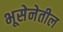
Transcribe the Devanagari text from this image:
भूसेनेतील